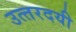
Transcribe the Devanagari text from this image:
उत्‍तरदयी